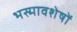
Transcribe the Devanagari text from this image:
भस्मावशेषों